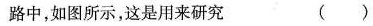
路中，如图所示，这是用来研究()